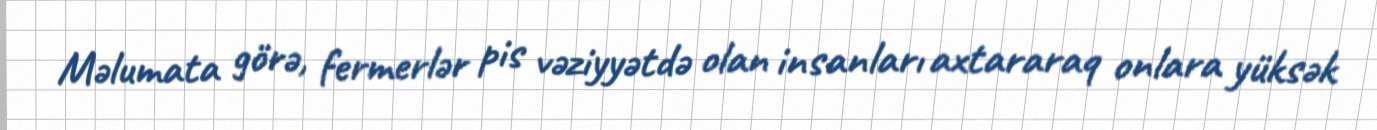
Məlumata görə, fermerlər pis vəziyyətdə olan insanları axtararaq onlara yüksək